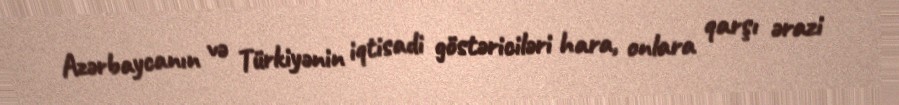
Azərbaycanın və Türkiyənin iqtisadi göstəriciləri hara, onlara qarşı ərazi